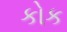
કોક